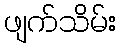
ဖျက်သိမ်း